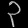
Digit: ၃